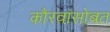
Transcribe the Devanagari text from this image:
कौरवांसोबत